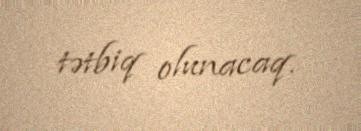
tətbiq olunacaq.